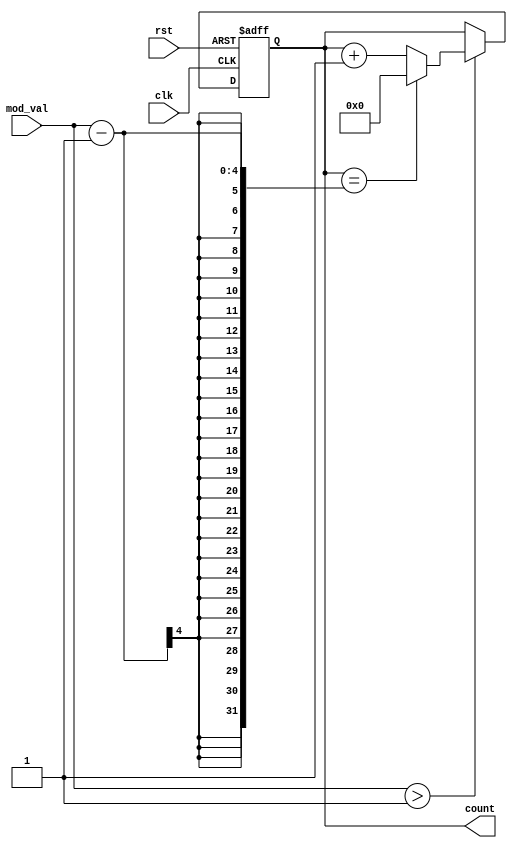
module modulus_counter (
    input wire clk,             // Clock signal
    input wire rst,             // Asynchronous active-high reset
    input wire [3:0] mod_val,   // Programmable modulus value (assumed 4-bits for values up to 15)
    output reg [3:0] count      // 4-bit count output
);

    // Internal signal to hold the next count value
    reg [3:0] next_count;

    always @(posedge clk or posedge rst) begin
        if (rst) begin
            // Reset the count to 0 when the reset signal is asserted
            count <= 4'b0000;
        end else begin
            // Increment logic
            if (mod_val > 4'b0001) begin
                if (count == (mod_val - 1)) begin
                    // Reset to 0 when reaching the modulus value
                    count <= 4'b0000;
                end else begin
                    // Increment the count
                    count <= count + 1;
                end
            end
            // If modulus value is 1, the count remains 0
        end
    end

    // Update next_count for dynamic modulus changes
    always @(*) begin
        if (mod_val > 4'b0001 && count >= mod_val) begin
            next_count <= 4'b0000; // reset if current count exceeds the modulus value
        end else begin
            next_count <= count;   // maintain current count
        end
    end
endmodule